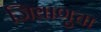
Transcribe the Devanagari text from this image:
जिवाणुचा